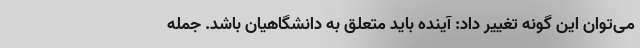
می‌توان این گونه تغییر داد: آینده باید متعلق به دانشگاهیان باشد. جمله